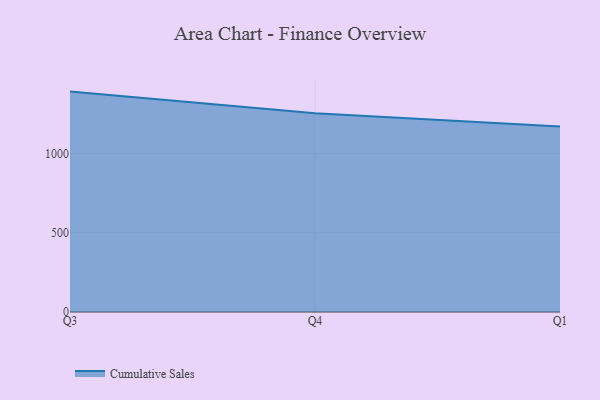
{"axis": {"x": "Quarter", "y": "Churn Rate (%)"}, "legend": ["Cumulative Sales"], "data": [{"x": "Q3", "y": 1391.2, "type": "Cumulative Sales"}, {"x": "Q4", "y": 1255.1, "type": "Cumulative Sales"}, {"x": "Q1", "y": 1171.4, "type": "Cumulative Sales"}]}